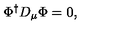
\Phi ^ { \dagger } D _ { \mu } \Phi = 0 ,